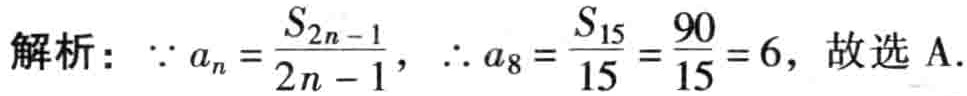
解析：\(\because a_{n}=\frac{S_{2n - 1}}{2n - 1}\)，\(\therefore a_{8}=\frac{S_{15}}{15}=\frac{90}{15}=6\)，故选 A.